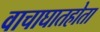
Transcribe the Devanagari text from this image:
वाचाघातहोता